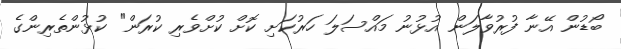
ބޯޑުން އޭނާ ފުރުވާލަން އުޅުނު މައްސަލަ ހަރުކަށި ކޮށް ކުށްވެރި ކުރަން" ކުޅުންތެރިންގެ